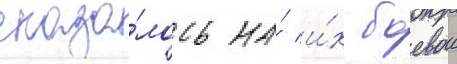
сказа́лось на́ и́х боевои